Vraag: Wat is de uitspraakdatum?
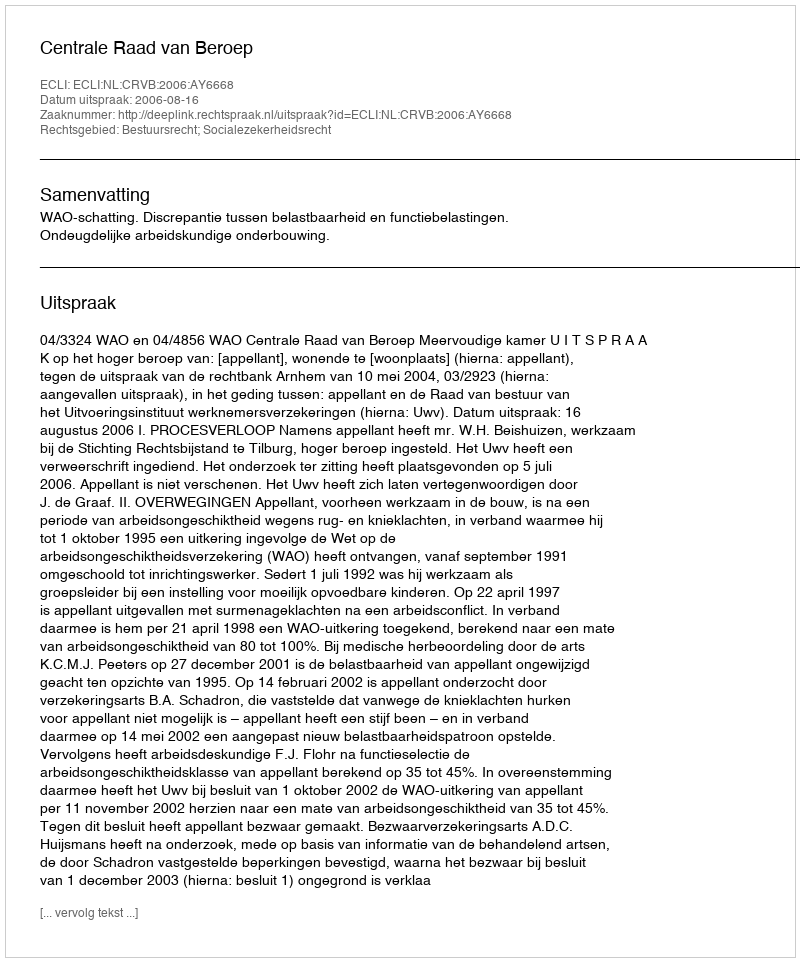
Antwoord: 2006-08-16